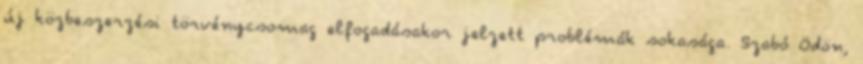
új közbeszerzési törvénycsomag elfogadásakor jelzett problémák sokasága. Szabó Ödön,